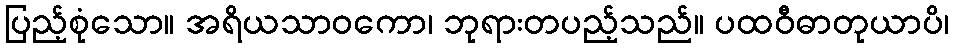
ပြည့်စုံသော။ အရိယသာဝကော၊ ဘုရားတပည့်သည်။ ပထဝီဓာတုယာပိ၊